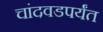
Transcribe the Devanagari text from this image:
चांदवडपर्यंत